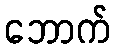
ဘောက်